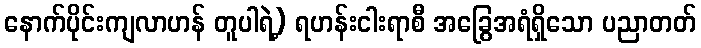
နောက်ပိုင်းကျလာဟန် တူပါရဲ့) ရဟန်းငါးရာစီ အခြွေအရံရှိသော ပညာတတ်